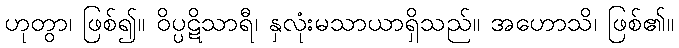
ဟုတွာ၊ ဖြစ်၍။ ဝိပ္ပဋိသာရီ၊ နှလုံးမသာယာရှိသည်။ အဟောသိ၊ ဖြစ်၏။